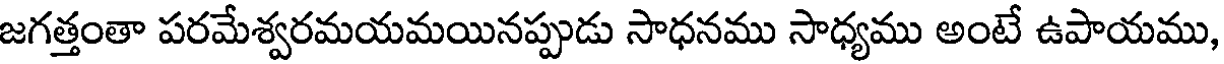
జగత్తంతా పరమేశ్వరమయమయినప్పుడు సాధనము సాధ్యము అంటే ఉపాయము,